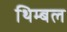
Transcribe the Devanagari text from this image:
थिम्बल